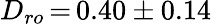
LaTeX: D_{ro}\, {=}\, 0.40\pm 0.14